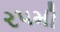
ર૫મી